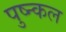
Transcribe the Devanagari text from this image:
पुष्न्कल